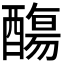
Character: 𨢩